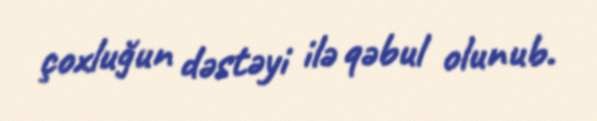
çoxluğun dəstəyi ilə qəbul olunub.